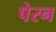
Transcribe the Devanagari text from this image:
पेरन